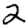
Digit: 2